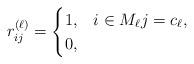
LaTeX: \begin{align*}r_{ij}^{(\ell)} = \begin{cases} 1, & i \in M_{\ell} j = c_{\ell}, \\ 0, & \end{cases}\end{align*}